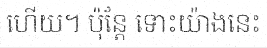
ហើយ។ ប៉ុន្តែ ទោះយ៉ាងនេះ